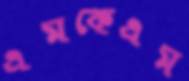
এমকেএম